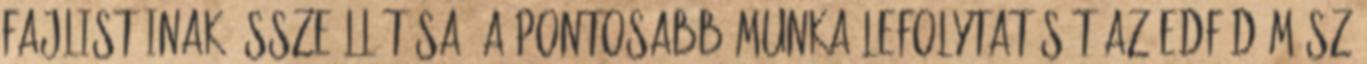
fajlistáinak összeállítása. A pontosabb munka lefolytatását az EDF DÉMÁSZ